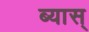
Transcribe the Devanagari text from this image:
ब्यास्